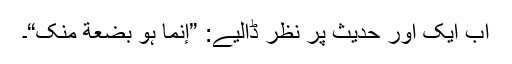
اب ایک اور حدیث پر نظر ڈالیے: ”إنَّما ہُوَ بُضْعَةٌ مِنْکَ“۔